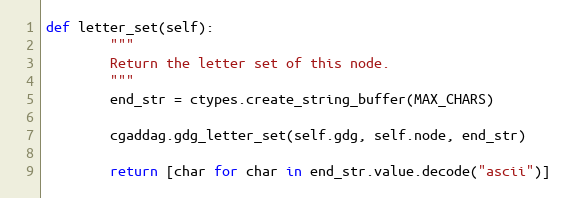
Language: Python
def letter_set(self):
        """
        Return the letter set of this node.
        """
        end_str = ctypes.create_string_buffer(MAX_CHARS)

        cgaddag.gdg_letter_set(self.gdg, self.node, end_str)

        return [char for char in end_str.value.decode("ascii")]